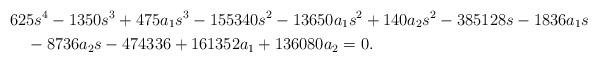
LaTeX: \begin{align*}&625 s^4-1350 s^3+475 a_1 s^3-155340 s^2-13650 a_1 s^2+140 a_2 s^2-385128 s-1836 a_1 s\\&\quad-8736 a_2 s-474336 +161352 a_1+136080 a_2=0.\end{align*}